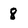
Character: 8